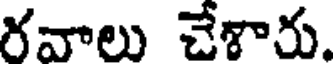
రవాలు చేశారు.